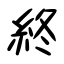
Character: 終